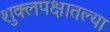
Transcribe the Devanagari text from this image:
शुक्लपक्षातल्या